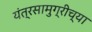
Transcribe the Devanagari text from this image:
यंत्रसामुग्रीच्या